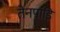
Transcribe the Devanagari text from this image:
तेनपांडि